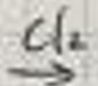
$c \uparrow _{2}$